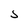
Character: s